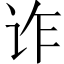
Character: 诈